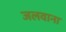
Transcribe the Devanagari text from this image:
जलवाना